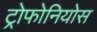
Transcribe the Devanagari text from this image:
ट्रोफोनियोस